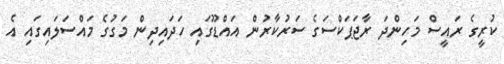
ކުރީގެ ރައީސް މަހިންދަ ރާޖަޕަކްސަގެ ސަރުކާރުން އައްޑޫގައި ހަދައިދިން މަގުގެ މައްސަލައިގައި އެ